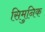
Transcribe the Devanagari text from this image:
सिमुनिक